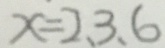
x = 2 、 3 、 6